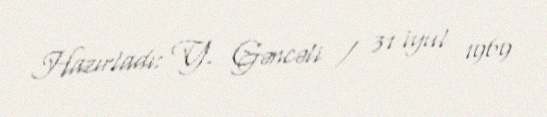
Hazırladı: Y. Gəncəli / 31 iyul 1969